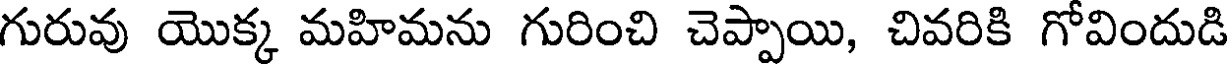
గురువు యొక్క మహిమను గురించి చెప్పాయి, చివరికి గోవిందుడి